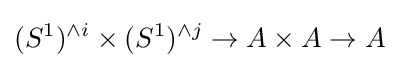
(S^{1})^{\wedge i}\times (S^{1})^{\wedge j}\to A\times A\to A